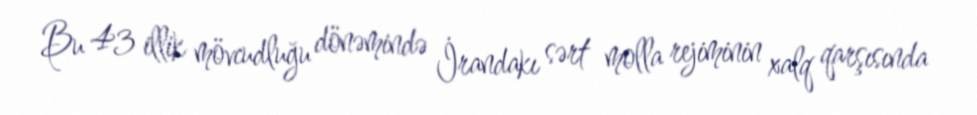
Bu 43 illik mövcudluğu dönəmində İrandakı sərt molla rejiminin xalq qarşısında